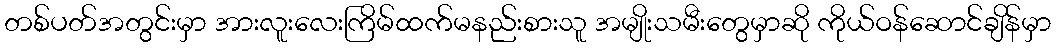
တစ်ပတ်အတွင်းမှာ အားလူးလေးကြိမ်ထက်မနည်းစားသူ အမျိုးသမီးတွေမှာဆို ကိုယ်ဝန်ဆောင်ချိန်မှာ